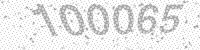
Solution: 100065